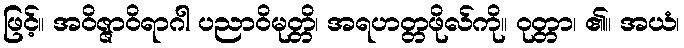
ဖြင့်။ အဝိဇ္ဇာဝိရာဂါ ပညာဝိမုတ္တိ၊ အရဟတ္တဖိုလ်ကို။ ဝုတ္တာ၊ ၏။ အယံ၊